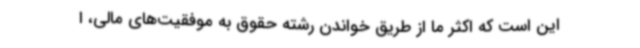
این است که اکثر ما از طریق خواندن رشته حقوق به موفقیت‌های مالی، ا